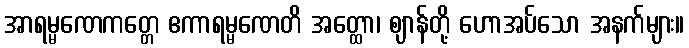
အာရမ္မဏေကတ္တေ ဧကာရမ္မဏေတိ အတ္ထော၊ ဈာန်တို့ ဟောအပ်သော အနက်များ။